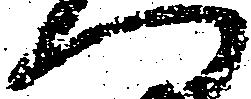
へ